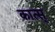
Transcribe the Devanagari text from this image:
कात्स्